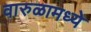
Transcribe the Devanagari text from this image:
वारुळामध्ये